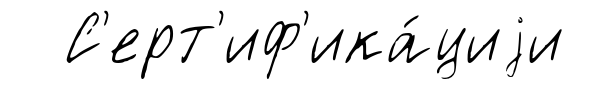
С'ерт'иф'ика́циjи